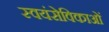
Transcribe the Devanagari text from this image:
स्वयंसेविकाओं